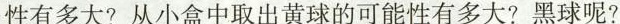
性有多大?从小盒中取出黄球的可能性有多大?黑球呢?